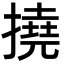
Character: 撓